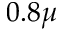
0 . 8 \mu